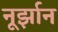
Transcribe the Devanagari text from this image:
नूर्झान